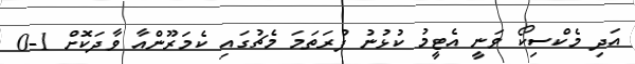
އަދި މެކްސިކޯ ވަނީ އެޓީމު ކުޅުނު ފުރަތަމަ މެޗުގައި ކެމަރޫންއާ ވާދަކޮށް 1-0